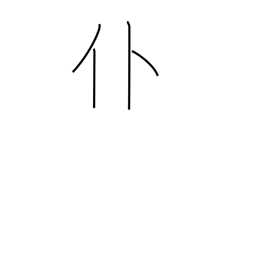
Meaning: fall